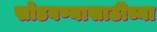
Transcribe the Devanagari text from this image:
सोडवण्यासाठीच्या